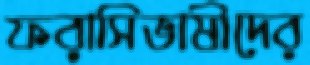
ফরাসিভাষীদের